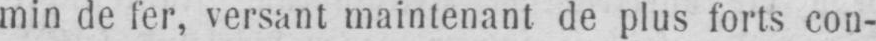
min de fer, versant maintenant de plus forts con-